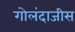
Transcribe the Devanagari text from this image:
गोलंदाजीस